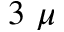
3 ~ \mu